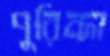
পুরিন্দা